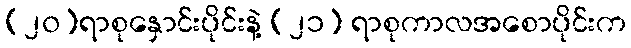
(၂၀)ရာစုနှောင်းပိုင်းနဲ့ (၂၁) ရာစုကာလအစောပိုင်းက